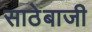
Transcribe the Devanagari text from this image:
साठेबाजी